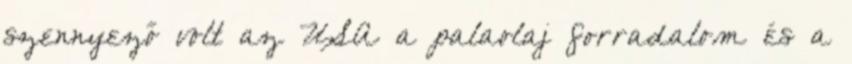
szennyező volt az USA a palaolaj forradalom és a